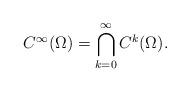
LaTeX: \begin{align*}C^\infty(\Omega) = \bigcap_{k=0}^\infty C^k(\Omega).\end{align*}